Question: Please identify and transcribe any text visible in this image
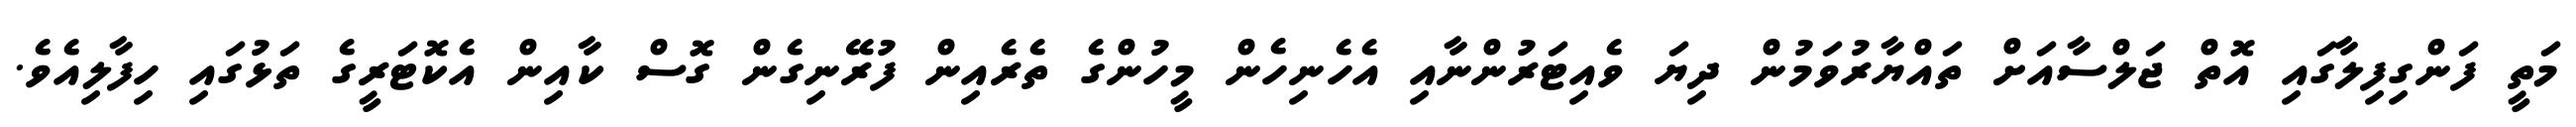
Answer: މަތީ ފަންގިފިލާގައި އޮތް ޖަލްސާއަށް ތައްޔާރުވަމުން ދިޔަ ވެއިޓަރުންނާއި އެހެނިހެން މީހުންގެ ތެރެއިން ފުރޭނިގެން ގޮސް ކާއިން އެކޮޓަރީގެ ތަޅުގައި ހިފާލިއެވެ.